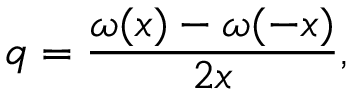
q = \frac { \omega ( x ) - \omega ( - x ) } { 2 x } ,